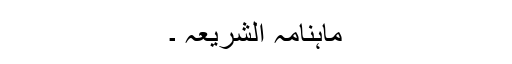
ماہنامہ الشریعہ ۔